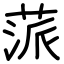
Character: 蒎